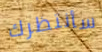
سأنتظرك